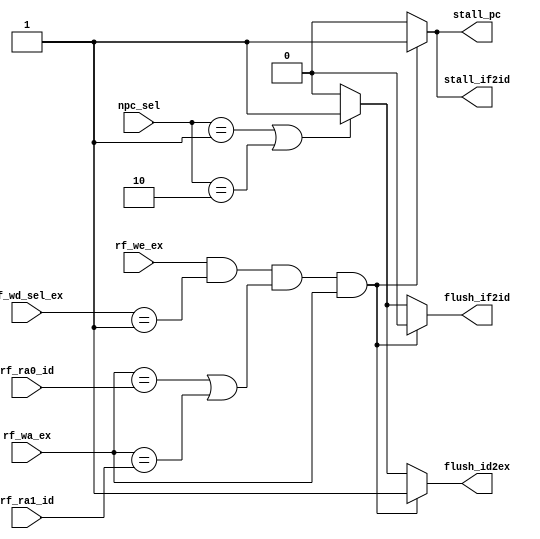
`timescale 1ns / 1ps
//////////////////////////////////////////////////////////////////////////////////
// Company: 
// Engineer: 
// 
// Design Name: 
// Module Name: SegCtrl
// Project Name: 
// Target Devices: 
// Tool Versions: 
// Description: 
// 
// Dependencies: 
// 
// Revision:
// Revision 0.01 - File Created
// Additional Comments:
// 
//////////////////////////////////////////////////////////////////////////////////


module SegCtrl(input rf_we_ex,
                input [1:0] rf_wd_sel_ex,
                input [4:0] rf_wa_ex,
                input [4:0] rf_ra0_id,
                input [4:0] rf_ra1_id,
                input [1:0] npc_sel,
                output reg stall_pc,
                output reg stall_if2id,
                output reg flush_if2id,
                output reg flush_id2ex
    );
    always @(*)
    begin
        stall_pc = 0;
        stall_if2id = 0;
        flush_if2id = 0;
        flush_id2ex = 0;
        if (rf_we_ex && rf_wd_sel_ex == 2'b01 && (rf_wa_ex == rf_ra0_id || rf_wa_ex == rf_ra1_id) && rf_wa_ex)
        begin
            stall_pc = 1;
            stall_if2id = 1;
            flush_id2ex = 1;
        end
        else if (npc_sel == 2'b01 || npc_sel == 2'b10)
        begin
            flush_if2id = 1;
            flush_id2ex = 1;
        end
    end
endmodule